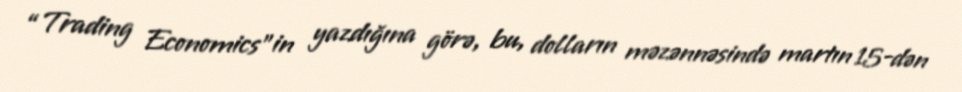
“Trading Economics”in yazdığına görə, bu, dolların məzənnəsində martın 15-dən